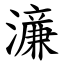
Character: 濓